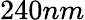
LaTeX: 240nm